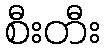
စီးတီး